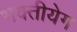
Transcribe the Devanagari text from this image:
भक्तीयेग